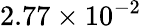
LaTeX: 2.77\times 10^{-2}